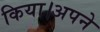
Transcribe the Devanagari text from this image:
किया।अपने